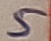
Text: 5